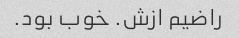
راضیم ازش. خوب بود.